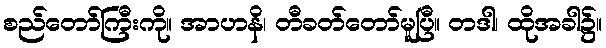
စည်တော်ကြီးကို။ အာဟနိ၊ တီခတ်တော်မူပြီ။ တဒါ၊ ထိုအခါ၌။